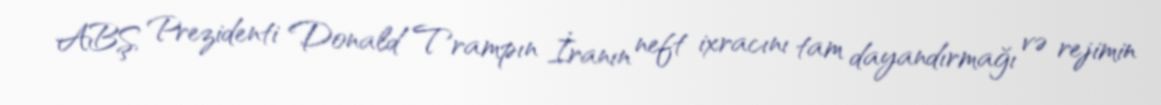
ABŞ Prezidenti Donald Trampın İranın neft ixracını tam dayandırmağı və rejimin